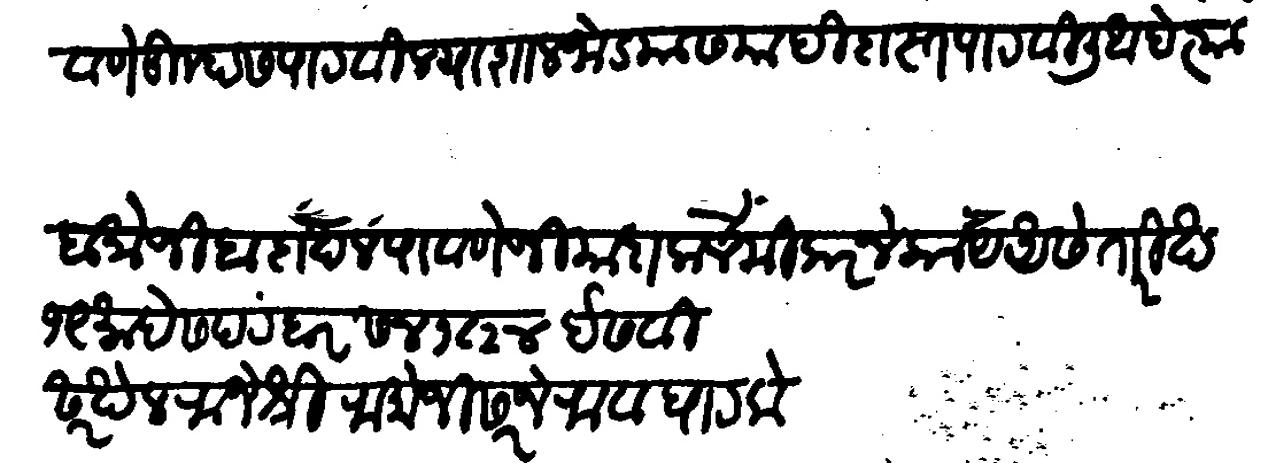
Transliteration (Devanagari): पोहचावणे तुम्हास पाठविल्या शाल जोड्यास यादी दास्त पाठविली आहे त्या ब मोजिब दाखल पावणे ज्यादा कलमे करने काय असे तारिख १९ माहे शपटंबर सन १८२४ ईसवी सरखेल राजश्री रामोजी सर्जेराव घाटके